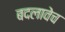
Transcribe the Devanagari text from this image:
बदलावेच